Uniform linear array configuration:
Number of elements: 24
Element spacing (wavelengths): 0.25
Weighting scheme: cosine
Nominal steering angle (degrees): -45
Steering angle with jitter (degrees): -46.201
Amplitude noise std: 0.05
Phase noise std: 0.05

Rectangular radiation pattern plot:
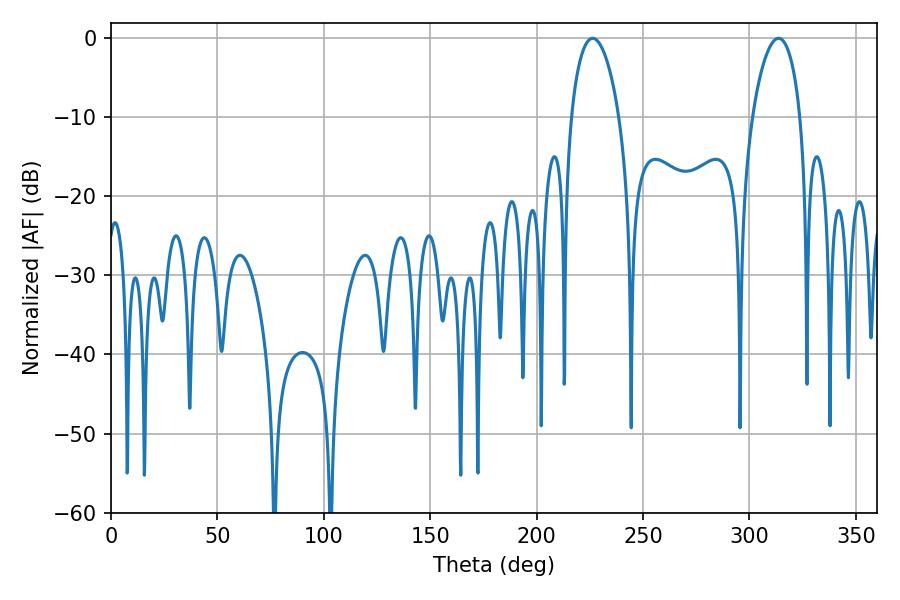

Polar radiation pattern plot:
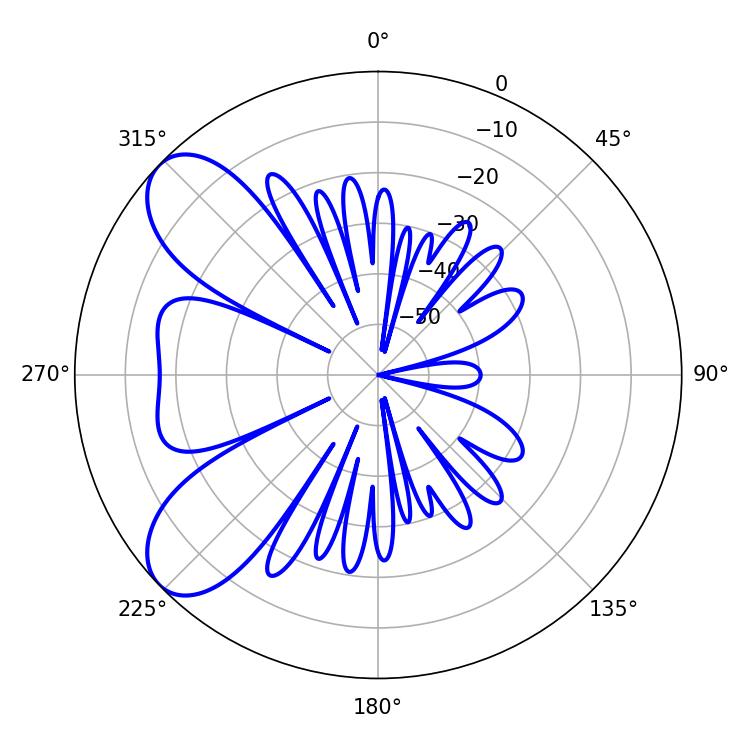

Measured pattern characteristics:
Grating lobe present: FALSE
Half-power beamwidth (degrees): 12.78
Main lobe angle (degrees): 226.26